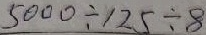
5 0 0 0 \div 1 2 5 \div 8